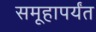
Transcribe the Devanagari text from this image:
समूहापर्यंत